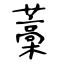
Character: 藁